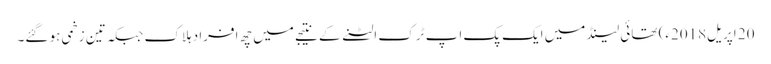
20 اپریل2018ء) تھائی لینڈ میں ایک پک اپ ٹرک الٹنے کے نتیجے میں چھ افراد ہلاک جبکہ تین زخمی ہو گئے۔